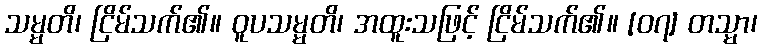
သမ္မတိ၊ ငြိမ်သက်၏။ ဝူပသမ္မတိ၊ အထူးသဖြင့် ငြိမ်သက်၏။ [၀၇] တသ္မာ၊